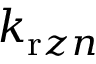
k _ { \mathrm { r } z n }